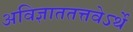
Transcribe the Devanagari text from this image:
अविज्ञाततत्तवेऽर्थे